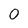
Character: O